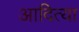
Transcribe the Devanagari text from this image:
आदित्या